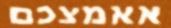
אאמצכם